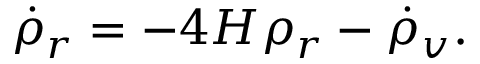
{ \dot { \rho } } _ { r } = - 4 H \rho _ { r } - { \dot { \rho } } _ { v } .